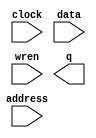
// megafunction wizard: %RAM: 1-PORT%VBB%
// GENERATION: STANDARD
// VERSION: WM1.0
// MODULE: altsyncram 

// ============================================================
// Megafunction Name(s):
// 			altsyncram
//
// Simulation Library Files(s):
// 			altera_mf
// ============================================================
// ************************************************************
// THIS IS A WIZARD-GENERATED FILE. DO NOT EDIT THIS FILE!
//
// 12.1 Build 177 11/07/2012 SJ Full Version
// ************************************************************

//Copyright (C) 1991-2012 Altera Corporation
//Your use of Altera Corporation's design tools, logic functions 
//and other software and tools, and its AMPP partner logic 
//functions, and any output files from any of the foregoing 
//(including device programming or simulation files), and any 
//associated documentation or information are expressly subject 
//to the terms and conditions of the Altera Program License 
//Subscription Agreement, Altera MegaCore Function License 
//Agreement, or other applicable license agreement, including, 
//without limitation, that your use is for the sole purpose of 
//programming logic devices manufactured by Altera and sold by 
//Altera or its authorized distributors.  Please refer to the 
//applicable agreement for further details.

module VRAM_synth (
	address,
	clock,
	data,
	wren,
	q);

	input	[14:0]  address;
	input	  clock;
	input	[15:0]  data;
	input	  wren;
	output	[15:0]  q;
`ifndef ALTERA_RESERVED_QIS
// synopsys translate_off
`endif
	tri1	  clock;
`ifndef ALTERA_RESERVED_QIS
// synopsys translate_on
`endif

endmodule

// ============================================================
// CNX file retrieval info
// ============================================================
// Retrieval info: PRIVATE: ADDRESSSTALL_A NUMERIC "0"
// Retrieval info: PRIVATE: AclrAddr NUMERIC "0"
// Retrieval info: PRIVATE: AclrByte NUMERIC "0"
// Retrieval info: PRIVATE: AclrData NUMERIC "0"
// Retrieval info: PRIVATE: AclrOutput NUMERIC "0"
// Retrieval info: PRIVATE: BYTE_ENABLE NUMERIC "0"
// Retrieval info: PRIVATE: BYTE_SIZE NUMERIC "8"
// Retrieval info: PRIVATE: BlankMemory NUMERIC "1"
// Retrieval info: PRIVATE: CLOCK_ENABLE_INPUT_A NUMERIC "0"
// Retrieval info: PRIVATE: CLOCK_ENABLE_OUTPUT_A NUMERIC "0"
// Retrieval info: PRIVATE: Clken NUMERIC "0"
// Retrieval info: PRIVATE: DataBusSeparated NUMERIC "1"
// Retrieval info: PRIVATE: IMPLEMENT_IN_LES NUMERIC "0"
// Retrieval info: PRIVATE: INIT_FILE_LAYOUT STRING "PORT_A"
// Retrieval info: PRIVATE: INIT_TO_SIM_X NUMERIC "0"
// Retrieval info: PRIVATE: INTENDED_DEVICE_FAMILY STRING "Cyclone IV E"
// Retrieval info: PRIVATE: JTAG_ENABLED NUMERIC "0"
// Retrieval info: PRIVATE: JTAG_ID STRING "NONE"
// Retrieval info: PRIVATE: MAXIMUM_DEPTH NUMERIC "0"
// Retrieval info: PRIVATE: MIFfilename STRING ""
// Retrieval info: PRIVATE: NUMWORDS_A NUMERIC "32768"
// Retrieval info: PRIVATE: RAM_BLOCK_TYPE NUMERIC "0"
// Retrieval info: PRIVATE: READ_DURING_WRITE_MODE_PORT_A NUMERIC "2"
// Retrieval info: PRIVATE: RegAddr NUMERIC "1"
// Retrieval info: PRIVATE: RegData NUMERIC "1"
// Retrieval info: PRIVATE: RegOutput NUMERIC "1"
// Retrieval info: PRIVATE: SYNTH_WRAPPER_GEN_POSTFIX STRING "1"
// Retrieval info: PRIVATE: SingleClock NUMERIC "1"
// Retrieval info: PRIVATE: UseDQRAM NUMERIC "1"
// Retrieval info: PRIVATE: WRCONTROL_ACLR_A NUMERIC "0"
// Retrieval info: PRIVATE: WidthAddr NUMERIC "15"
// Retrieval info: PRIVATE: WidthData NUMERIC "16"
// Retrieval info: PRIVATE: rden NUMERIC "0"
// Retrieval info: LIBRARY: altera_mf altera_mf.altera_mf_components.all
// Retrieval info: CONSTANT: CLOCK_ENABLE_INPUT_A STRING "BYPASS"
// Retrieval info: CONSTANT: CLOCK_ENABLE_OUTPUT_A STRING "BYPASS"
// Retrieval info: CONSTANT: INTENDED_DEVICE_FAMILY STRING "Cyclone IV E"
// Retrieval info: CONSTANT: LPM_HINT STRING "ENABLE_RUNTIME_MOD=NO"
// Retrieval info: CONSTANT: LPM_TYPE STRING "altsyncram"
// Retrieval info: CONSTANT: NUMWORDS_A NUMERIC "32768"
// Retrieval info: CONSTANT: OPERATION_MODE STRING "SINGLE_PORT"
// Retrieval info: CONSTANT: OUTDATA_ACLR_A STRING "NONE"
// Retrieval info: CONSTANT: OUTDATA_REG_A STRING "CLOCK0"
// Retrieval info: CONSTANT: POWER_UP_UNINITIALIZED STRING "FALSE"
// Retrieval info: CONSTANT: READ_DURING_WRITE_MODE_PORT_A STRING "DONT_CARE"
// Retrieval info: CONSTANT: WIDTHAD_A NUMERIC "15"
// Retrieval info: CONSTANT: WIDTH_A NUMERIC "16"
// Retrieval info: CONSTANT: WIDTH_BYTEENA_A NUMERIC "1"
// Retrieval info: USED_PORT: address 0 0 15 0 INPUT NODEFVAL "address[14..0]"
// Retrieval info: USED_PORT: clock 0 0 0 0 INPUT VCC "clock"
// Retrieval info: USED_PORT: data 0 0 16 0 INPUT NODEFVAL "data[15..0]"
// Retrieval info: USED_PORT: q 0 0 16 0 OUTPUT NODEFVAL "q[15..0]"
// Retrieval info: USED_PORT: wren 0 0 0 0 INPUT NODEFVAL "wren"
// Retrieval info: CONNECT: @address_a 0 0 15 0 address 0 0 15 0
// Retrieval info: CONNECT: @clock0 0 0 0 0 clock 0 0 0 0
// Retrieval info: CONNECT: @data_a 0 0 16 0 data 0 0 16 0
// Retrieval info: CONNECT: @wren_a 0 0 0 0 wren 0 0 0 0
// Retrieval info: CONNECT: q 0 0 16 0 @q_a 0 0 16 0
// Retrieval info: GEN_FILE: TYPE_NORMAL VRAM_synth.v TRUE
// Retrieval info: GEN_FILE: TYPE_NORMAL VRAM_synth.inc FALSE
// Retrieval info: GEN_FILE: TYPE_NORMAL VRAM_synth.cmp FALSE
// Retrieval info: GEN_FILE: TYPE_NORMAL VRAM_synth.bsf FALSE
// Retrieval info: GEN_FILE: TYPE_NORMAL VRAM_synth_inst.v FALSE
// Retrieval info: GEN_FILE: TYPE_NORMAL VRAM_synth_bb.v TRUE
// Retrieval info: GEN_FILE: TYPE_NORMAL VRAM_synth_syn.v TRUE
// Retrieval info: LIB_FILE: altera_mf